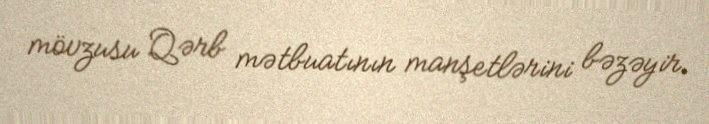
mövzusu Qərb mətbuatının manşetlərini bəzəyir.